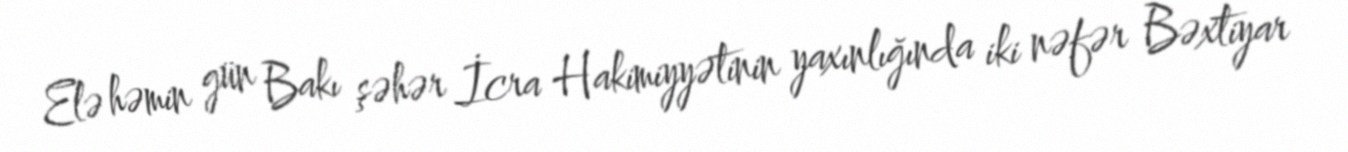
Elə həmin gün Bakı şəhər İcra Hakimiyyətinin yaxınlığında iki nəfər Bəxtiyar